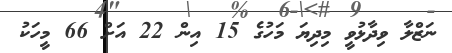
ނަޒްލާ ވިދާޅުވީ މިދިޔަ މަހުގެ 15 އިން 22 އަށް 66 މީހަކު